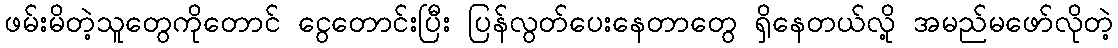
ဖမ်းမိတဲ့သူတွေကိုတောင် ငွေတောင်းပြီး ပြန်လွတ်ပေးနေတာတွေ ရှိနေတယ်လို့ အမည်မဖော်လိုတဲ့